Medical and sanitary report of the native army of Bengal for the year
Year: 1876
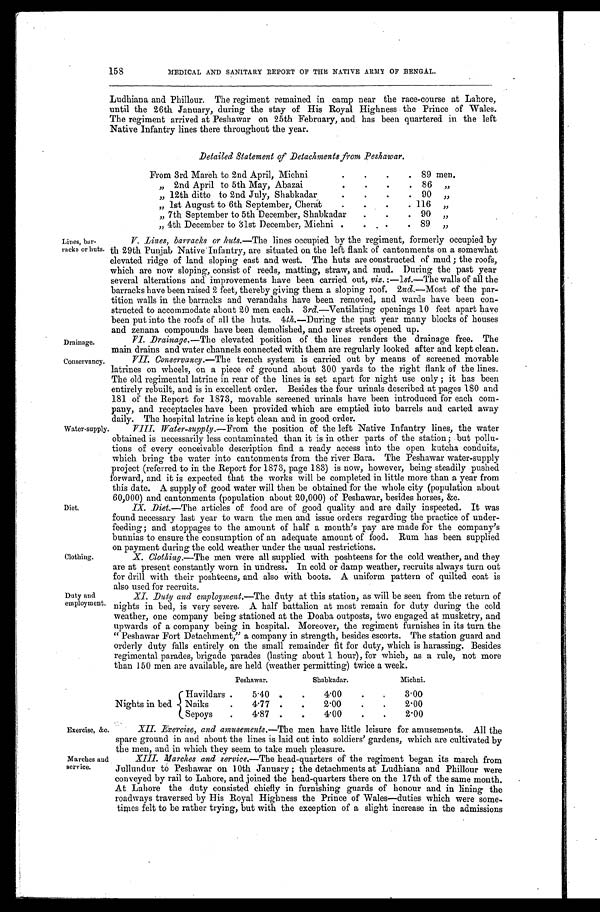
Exercise, &c.
Marches and
service.
158
MEDICAL AND SANITARY REPORT OF THE NATIVE ARMY OF BENGAL.
Ludhiana and Phillour. The regiment remained in camp near the race-course at Lahore,
until the 26th January, during the stay of His Royal Highness the Prince of Wales.
The regiment arrived at Peshawar on 25th February, and has been quartered in the left
Native Infantry lines there throughout the year.
Detailed Statement of Detachments from Peshawar.
From 3rd March to 2nd April, Michni
89 men.
" 2 n d A p r i l t o 5 t h M a y , A b a z a i
86 "
" 12th ditto to 2nd July, Shabkadar
90 "
" 1st August to 6th September, Cherat 116 "
" 7th September to 5th December, Shabkadar
90 "
" 4th December to 31st December, Michni
89 "
Lines, bar
-racks or huts.
Drainage.
Conservancy.
Water-supply.
Diet.
Clothing.
Duty and
employment.
V. Li nes , bar r acks or hut s .— T h e l i n e s o c c u p i e d b y t h e r e g i m e n t , f o r m e r l y o c c u p i e d b y
th 29th Punjab Native Infantry, are situated on the left flank of cantonments on a somewhat
elevated ridge of land sloping east and west. The huts are constructed of mud; the roofs,
which are now sloping, consist of reeds, matting, straw, and mud. During the past year
several alterations and improvements have been carried out, viz.:—1st.—T h e
w a l l s o f a l l t h e
barracks have been raised 2 feet, thereby giving them a sloping roof. 2 nd.—Most of the par
- t i t i o n w a l l s i n t h e b a r r a c k s a n d v e r a n d a h s h a v e b e e n r e m o v e d , a n d w a r d s h a v e b e e n c o n -
structed to accommodate about 20 men each. 3 rd.—Ventilating openings 10 feet apart have
been put into the roofs of all the huts. 4 th.—During the past year many blocks of houses
and zenana compounds have been demolished, and new streets opened up.
VI. Drainage. —The elevated position of the lines renders the drainage free. The
main drains and water channels connected with them are regularly looked after and kept clean.
VII. Conservancy.—The trench system is carried out by means of screened movable
latrines on wheels, on a piece of ground about 300 yards to the right flank of the lines.
The old regimental latrine in rear of the lines is set apart for night use only; it has been
entirely rebuilt, and is in excellent order. Besides the four urinals described at pages 180 and
181 of the Report for 1873, movable screened urinals have been introduced for each com-
pany, and receptacles have been provided which are emptied into barrels and carted away
daily. The hospital latrine is kept clean and in good order.
VIII. Water-supply. —From the position of the left Native Infantry lines, the water
obtained is necessarily less contaminated than it is in other parts of the station; but pollu-
tions of every conceivable description find a ready access into the open kutcha conduits,
which bring the water into cantonments from the river Bara. The Peshawar water-supply
project (referred to in the Report for 1873, page 183) is now, however, being steadily pushed
forward, and it is expected that the works will be completed in little more than a year from
this date. A supply of good water will then be obtained for the whole city (population about
60,000) and cantonments (population about 20,000) of Peshawar, besides horses, &c.
IX. Diet.—The articles of food are of good quality and are daily inspected. It was
found necessary last year to warn the men and issue orders regarding the practice of under-
feeding; and stoppages to the amount of half a month's pay are made for the company's
bunnias to ensure the consumption of an adequate amount of food. Rum has been supplied
on payment during the cold weather under the usual restrictions.
X. Clothing.—The men were all supplied with poshteens for the cold weather, and they
are at present constantly worn in undress. In cold or damp weather, recruits always turn out
for drill with their poshteens, and also with boots. A uniform pattern of quilted coat is
also used for recruits.
XI. Duty and employment.—The duty at this station, as will be seen from the return of
nights in bed, is very severe. A half battalion at most remain for duty during the cold
weather, one company being stationed at the Doaba outposts, two engaged at musketry, and
upwards of a company being in hospital. Moreover, the regiment furnishes in its turn the
"Peshawar Fort Detachment," a company in strength, besides escorts. The station guard and
orderly duty falls entirely on the small remainder fit for duty, which is harassing. Besides
regimental parades, brigade parades (lasting about 1 hour), for which, as a rule, not more
than 150 men are available, are held (weather permitting) twice a week.
Nights in bed
Peshawar.
Shabkadar.
Michni.
Havildars
5.40
4.00
3.00
N a i k s
4.77
2.00
2.00
Sepoys
4.87
4.00
2.00
XII. Exercise, and amusements.— The men have little leisure for amusements. All the
spare ground in and about the lines is laid out into soldiers' gardens, which are cultivated by
the men, and in which they seem to take much pleasure.
XIII. Marches and service.—The head-quarters of the regiment began its march from
Jullundur to Peshawar on 10th January; the detachments at Ludhiana and Phillour were
conveyed by rail to Lahore, and joined the head-quarters there on the 17th of the same month.
At Lahore the duty consisted chiefly in furnishing guards of honour and in lining the
roadways traversed by His Royal Highness the Prince of Wales—duties which were some-
times felt to be rather trying, but with the exception of a slight increase in the admissions81